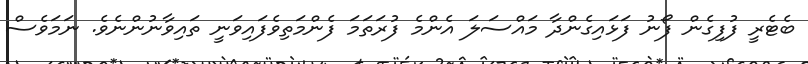
ބެޓެރީ ފުފިގެން ފޯނު ފަޅައިގެންދާ މައްސަލަ އެންމެ ފުރަތަމަ ފެންމަތިވެފައިވަނީ ތައިވާނުންނެވެ. ނަމަވެސް